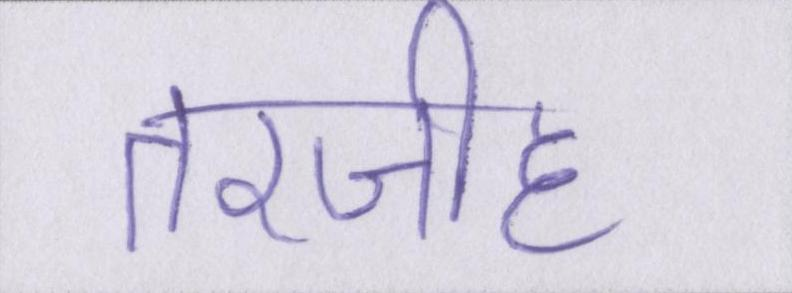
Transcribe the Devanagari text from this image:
तरजीह